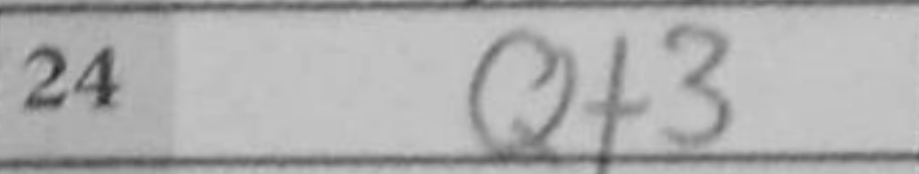
Transcription: Qf3